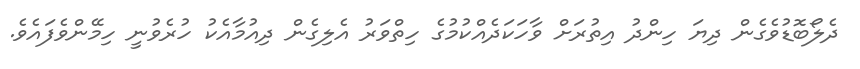
ދެލޯބޮޑުވެގެން ދިޔަ ހިންދު އިތުރަށް ވާހަކަދެއްކުމުގެ ހިތްވަރު އެލިގެން ދިއުމާއެކު ހުރެވުނީ ހިމޭންވެފައެވެ.